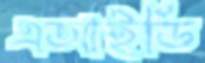
এআইডি